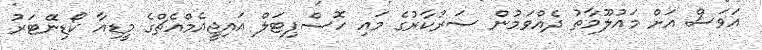
އަވަސް އަށް މައުލޫމާތު ދެއްވަމުން ސަރުކާރުގެ މައި ހޮސްޕިޓަލް އައިޖީއެމްއެޗްގެ މީޑިއާ ކޯޑިނޭޓަރު